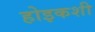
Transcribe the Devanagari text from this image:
होइकशी